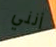
أنني